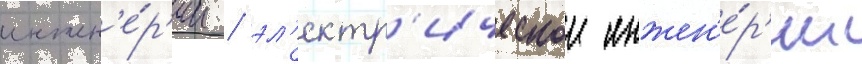
инжен'е́р'ии / эл'ектр'ическои инжен'е́р'ии